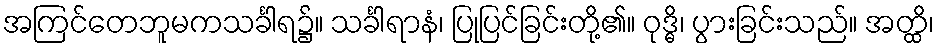
အကြင်တေဘူမကသင်္ခါရ၌။ သင်္ခါရာနံ၊ ပြုပြင်ခြင်းတို့၏။ ဝုဒ္ဓိ၊ ပွားခြင်းသည်။ အတ္ထိ၊